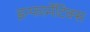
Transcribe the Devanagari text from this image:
इन्फार्मेटिक्स